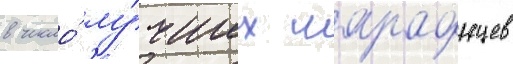
в число́ лу́чших марафонцев